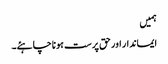
ہمیں
ایماندار اور حق پرست ہونا چاہئے۔